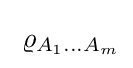
\;\varrho _{A_{1}\ldots A_{m}}